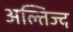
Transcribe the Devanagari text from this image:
अल्तिज्द